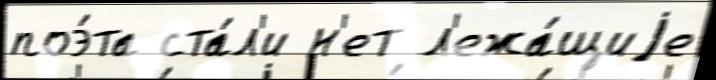
поэ́та ста́л'и н'ет л'ежа́щиjе